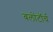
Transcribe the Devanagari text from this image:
बलोंटॉर्च